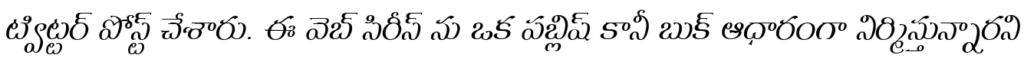
ట్విట్టర్ పోస్ట్ చేశారు. ఈ వెబ్ సిరీస్ ను ఒక పబ్లిష్ కానీ బుక్ ఆధారంగా నిర్మిస్తున్నారని